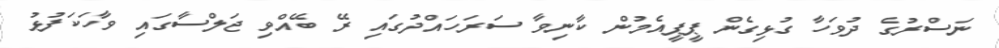
ނަސްރުގެ ދުވަހާ ގުޅިގެން ޕީޕީއެމުން ކާނިވާ ސަރަހައްދުގައި ރޭ ބޭއްވި ޖަލްސާގައި ވާހަކަފުޅު